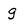
Character: g